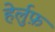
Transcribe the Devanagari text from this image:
हेर्लुफ़